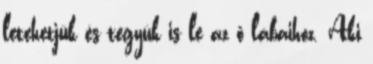
letehetjük és tegyük is le az ő lábaihoz. Aki